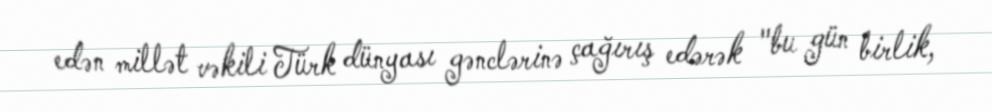
edən millət vəkili Türk dünyası gənclərinə çağırış edərək "bu gün birlik,